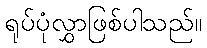
ရုပ်ပုံလွှာဖြစ်ပါသည်။